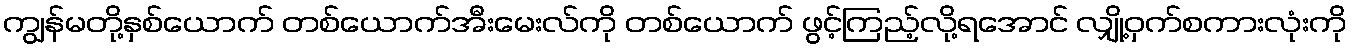
ကျွန်မတို့နှစ်ယောက် တစ်ယောက်အီးမေးလ်ကို တစ်ယောက် ဖွင့်ကြည့်လို့ရအောင် လျှို့ဝှက်စကားလုံးကို